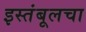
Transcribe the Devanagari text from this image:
इस्तंबूलचा